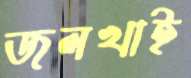
জলখাই